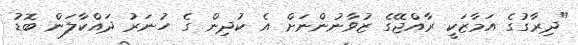
"ދިރާގުގެ އަމާޒަކީ ރާއްޖޭގެ ޒުވާނުންނަށް އެ ކުދިން ގެ ހުނަރު ދައްކާލަން ބޮޑު